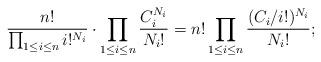
LaTeX: \begin{align*} \frac{n!}{\prod_{1\le i \le n}i!^{N_i}} \cdot \prod_{1\le i\le n} \frac{C_i^{N_i}}{N_i!} = n! \prod_{1\le i\le n} \frac{(C_i/i!)^{N_i}}{N_i!};\end{align*}